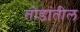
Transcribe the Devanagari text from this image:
तोडांतील